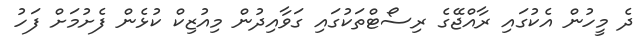
ދެ މީހުން އެކުގައި ރާއްޖޭގެ ރިސޯޓްތަކުގައި ގަވާއިދުން މިއުޒިކް ކުޅެން ފެށުމަށް ފަހު